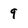
Character: 9